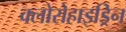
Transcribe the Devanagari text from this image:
क्लोरोहाइड्रिन